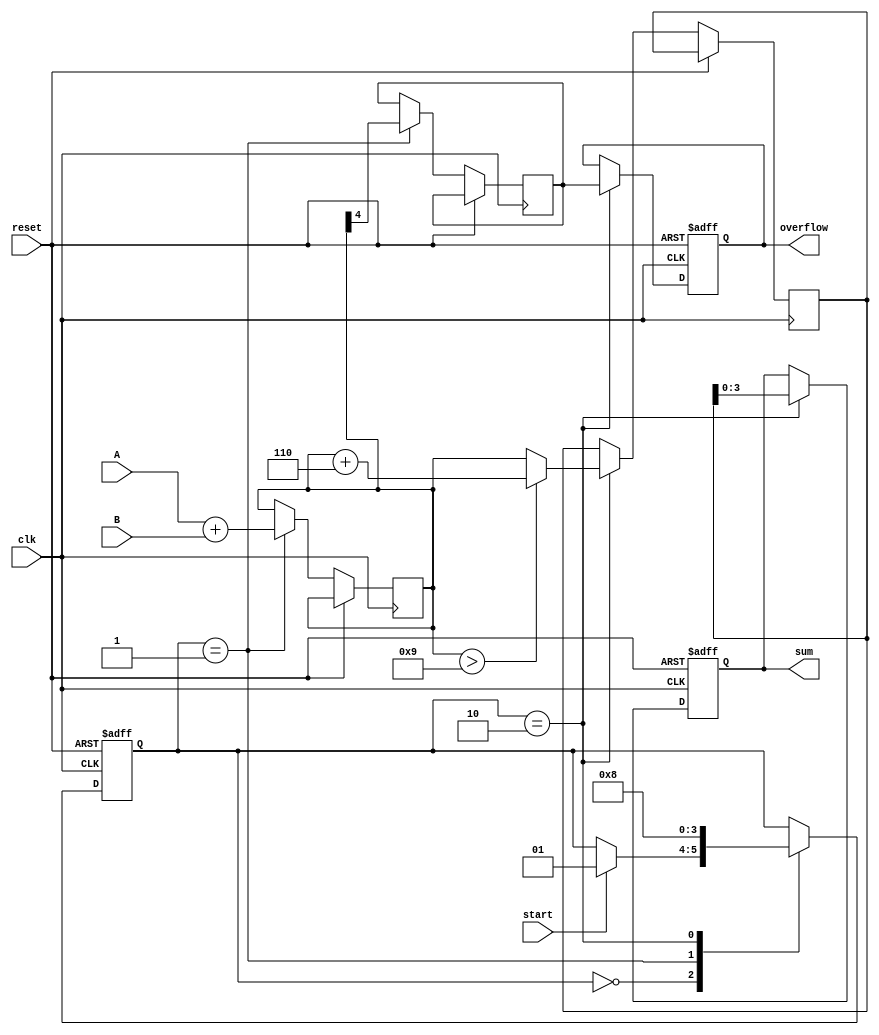
module BCD_Pipelined_Adder (
    input wire clk,
    input wire reset,
    input wire start,
    input wire [3:0] A, // First BCD digit
    input wire [3:0] B, // Second BCD digit
    output reg [3:0] sum, // Resultant BCD digit
    output reg overflow // Overflow flag
);

    // Intermediate signals for pipelining
    reg [4:0] sum_stage1; // 5-bit to hold the sum of two BCD digits
    reg [4:0] corrected_sum; // 5-bit for corrected sum
    reg carry; // Carry signal for BCD addition

    // State registers for pipelining
    reg [1:0] state; // State of the pipeline
    localparam IDLE = 2'b00, ADDITION = 2'b01, CORRECTION = 2'b10;

    // Sequential logic for state transitions
    always @(posedge clk or posedge reset) begin
        if (reset) begin
            state <= IDLE;
            sum <= 4'b0000;
            overflow <= 1'b0;
        end else begin
            case (state)
                IDLE: begin
                    if (start) begin
                        state <= ADDITION;
                    end
                end

                ADDITION: begin
                    // Perform initial addition
                    sum_stage1 <= A + B; // Sum of the two BCD digits
                    carry <= sum_stage1[4]; // Capture carry
                    state <= CORRECTION; // Move to correction stage
                end

                CORRECTION: begin
                    // BCD Correction
                    if (sum_stage1 > 9) begin
                        corrected_sum <= sum_stage1 + 5'b00110; // Add 6 for BCD correction
                    end else begin
                        corrected_sum <= sum_stage1; // No correction needed
                    end

                    // Assign output
                    sum <= corrected_sum[3:0]; // Take lower 4 bits
                    overflow <= carry; // Set overflow if carry was generated
                    state <= IDLE; // Go back to idle
                end
            endcase
        end
    end

endmodule